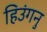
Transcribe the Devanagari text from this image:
हिउंगनु